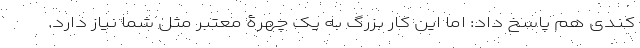
کندی هم پاسخ داد: اما این کار بزرگ به یک چهرۀ معتبر مثل شما نیاز دارد.